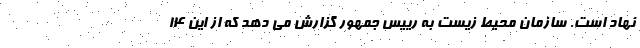
نهاد است. سازمان محیط زیست به رییس جمهور گزارش می دهد که از این ۱۴